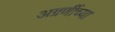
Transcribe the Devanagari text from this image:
अग्रणींच्या